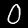
Digit: 0